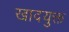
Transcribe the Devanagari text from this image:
खादयुक्त